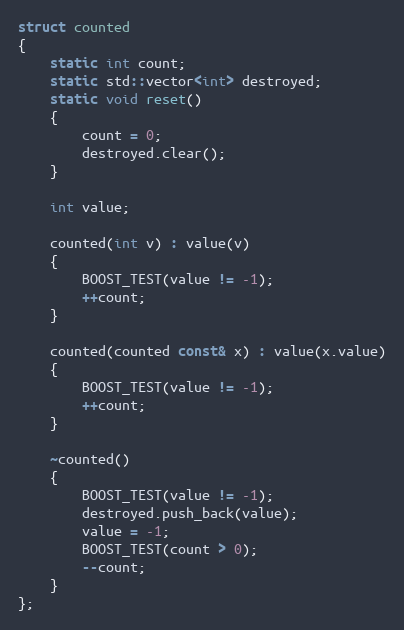
Language: C++
struct counted
{
    static int count;
    static std::vector<int> destroyed;
    static void reset()
    {
        count = 0;
        destroyed.clear();
    }

    int value;

    counted(int v) : value(v)
    {
        BOOST_TEST(value != -1);
        ++count;
    }

    counted(counted const& x) : value(x.value)
    {
        BOOST_TEST(value != -1);
        ++count;
    }

    ~counted()
    {
        BOOST_TEST(value != -1);
        destroyed.push_back(value);
        value = -1;
        BOOST_TEST(count > 0);
        --count;
    }
};